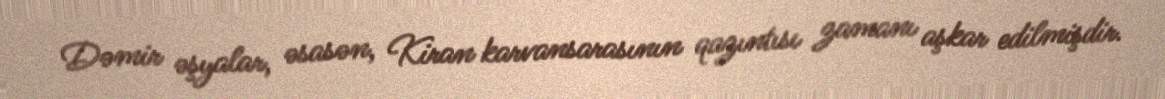
Dəmir əşyalar, əsasən, Kiran karvansarasının qazıntısı zamanı aşkar edilmişdir.